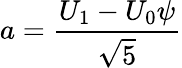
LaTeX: a={\frac{U_{1}-U_{0}\psi}{\sqrt{5}}}